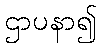
ဌာပနာ၍